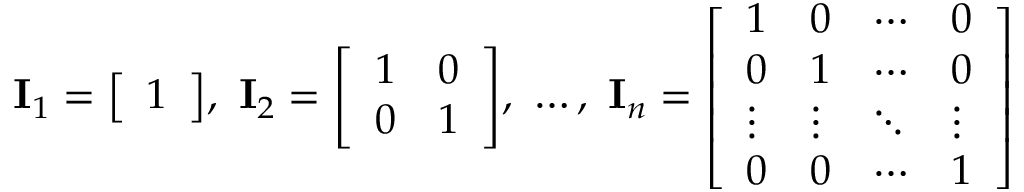
\mathbf { I } _ { 1 } = { \left[ \begin{array} { l } { 1 } \end{array} \right] } , \ \mathbf { I } _ { 2 } = { \left[ \begin{array} { l l } { 1 } & { 0 } \\ { 0 } & { 1 } \end{array} \right] } , \ \ldots , \ \mathbf { I } _ { n } = { \left[ \begin{array} { l l l l } { 1 } & { 0 } & { \cdots } & { 0 } \\ { 0 } & { 1 } & { \cdots } & { 0 } \\ { \vdots } & { \vdots } & { \ddots } & { \vdots } \\ { 0 } & { 0 } & { \cdots } & { 1 } \end{array} \right] }